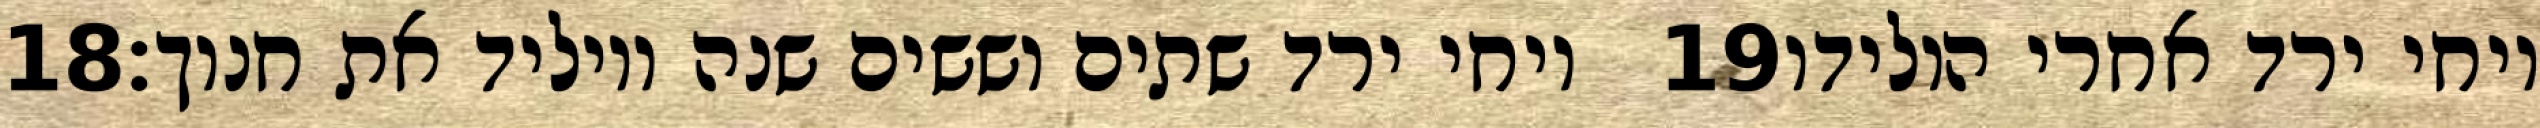
‎18‏ ויחי ירד שתים וששים שנה ויוליד את חנוך׃ ‎19‏ ויחי ירד אחרי הולידו